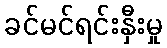
ခင်မင်ရင်းနှီးမှု